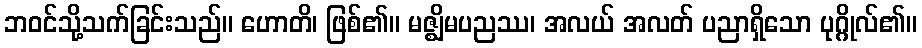
ဘဝင်သို့သက်ခြင်းသည်။ ဟောတိ၊ ဖြစ်၏။ မဇ္ဈိမပညဿ၊ အလယ် အလတ် ပညာရှိသော ပုဂ္ဂိုလ်၏။